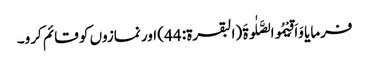
فرمایا وَاَقِیْمُوالصَّلٰوۃَ (البقرۃ: 44) اور نمازوں کو قائم کرو۔